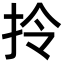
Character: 拎